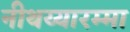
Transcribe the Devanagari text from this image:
नीथय्यारम्मा